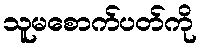
သူမစောက်ပတ်ကို